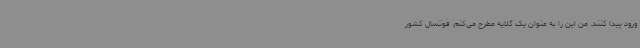
ورود پیدا کنند. من این را به عنوان یک گلایه مطرح می‌کنم. فوتسال کشور